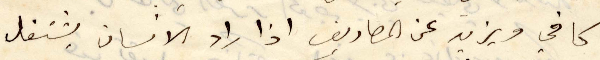
كافي ويزيد عن المصاريف اذا راد الانسان يشتغل